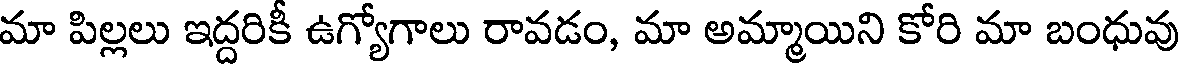
మా పిల్లలు ఇద్దరికీ ఉగ్యోగాలు రావడం, మా అమ్మాయిని కోరి మా బంధువు